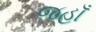
જહાઁ